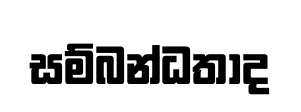
සම්බන්ධතාද